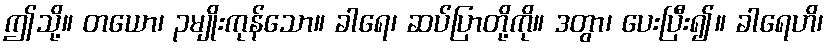
ဤသို့။ တယော၊ ၃မျိုးကုန်သော။ ခါရေ၊ ဆပ်ပြာတို့ကို။ ဒတွာ၊ ပေးပြီး၍။ ခါရေဟိ၊